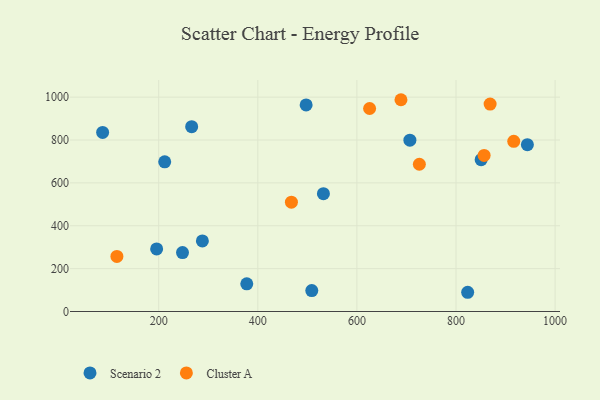
{"axis": {"x": "Experience", "y": "Profit"}, "legend": ["Cluster A", "Scenario 2"], "data": [{"x": "497.5", "y": 963.5, "type": "Scenario 2"}, {"x": "212.1", "y": 698.2, "type": "Scenario 2"}, {"x": "377.7", "y": 129.3, "type": "Scenario 2"}, {"x": "508.9", "y": 97.8, "type": "Scenario 2"}, {"x": "944.0", "y": 778.4, "type": "Scenario 2"}, {"x": "86.8", "y": 835.5, "type": "Scenario 2"}, {"x": "823.5", "y": 89.7, "type": "Scenario 2"}, {"x": "248.0", "y": 274.7, "type": "Scenario 2"}, {"x": "288.1", "y": 329.1, "type": "Scenario 2"}, {"x": "266.5", "y": 862.4, "type": "Scenario 2"}, {"x": "532.4", "y": 549.5, "type": "Scenario 2"}, {"x": "195.8", "y": 291.8, "type": "Scenario 2"}, {"x": "706.9", "y": 799.2, "type": "Scenario 2"}, {"x": "850.7", "y": 708.2, "type": "Scenario 2"}, {"x": "467.8", "y": 509.9, "type": "Cluster A"}, {"x": "726.0", "y": 686.9, "type": "Cluster A"}, {"x": "688.9", "y": 987.9, "type": "Cluster A"}, {"x": "916.5", "y": 793.7, "type": "Cluster A"}, {"x": "856.7", "y": 728.3, "type": "Cluster A"}, {"x": "115.6", "y": 257.0, "type": "Cluster A"}, {"x": "868.8", "y": 967.4, "type": "Cluster A"}, {"x": "625.6", "y": 947.0, "type": "Cluster A"}]}